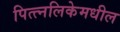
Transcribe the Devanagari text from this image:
पित्त्नलिकेमधील